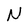
Character: N